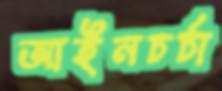
আইনচর্চা